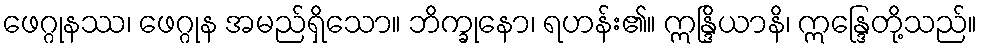
ဖေဂ္ဂုနဿ၊ ဖေဂ္ဂုန အမည်ရှိသော။ ဘိက္ခုနော၊ ရဟန်း၏။ ဣန္ဒြိယာနိ၊ ဣန္ဒြေတို့သည်။